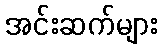
အင်းဆက်များ